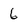
Character: 6